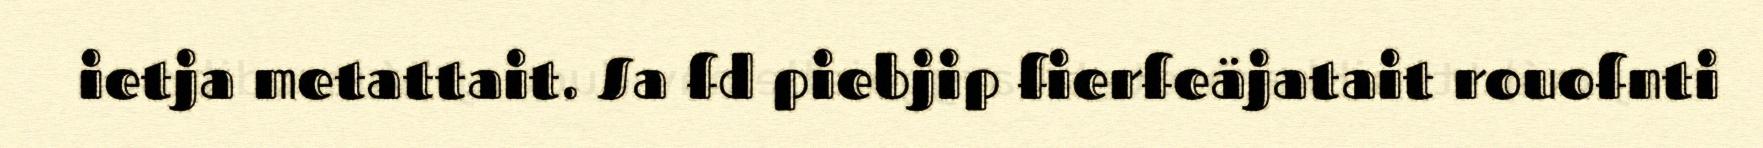
ietja metattait. Sa fd piebjip fierfeäjatait rouofnti